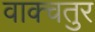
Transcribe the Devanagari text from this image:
वाक्चतुर